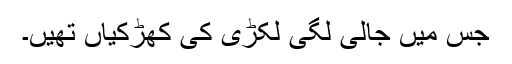
جس میں جالی لگی لکڑی کی کھڑکیاں تھیں۔